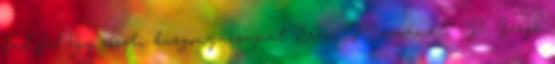
fal fel egy röszti burgonyacsapat Erzsi Mamánál.” P. Gergő,